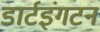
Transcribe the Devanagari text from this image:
डार्टइंगटन